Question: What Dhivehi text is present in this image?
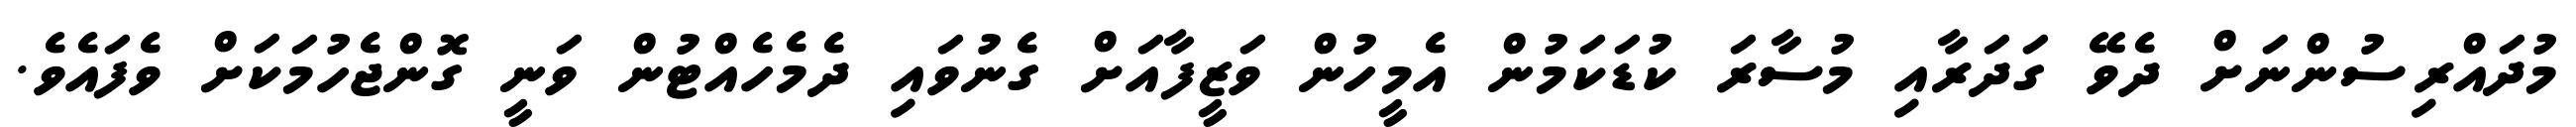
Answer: މުދައްރިސުންނަށް ދެވޭ ގަދަރާއި މުސާރަ ކުޑަކަމުން އެމީހުން ވަޒީފާއަށް ގެނުވައި ދެމެހެއްޓުން ވަނީ ގޮންޖެހުމަކަށް ވެފައެވެ.